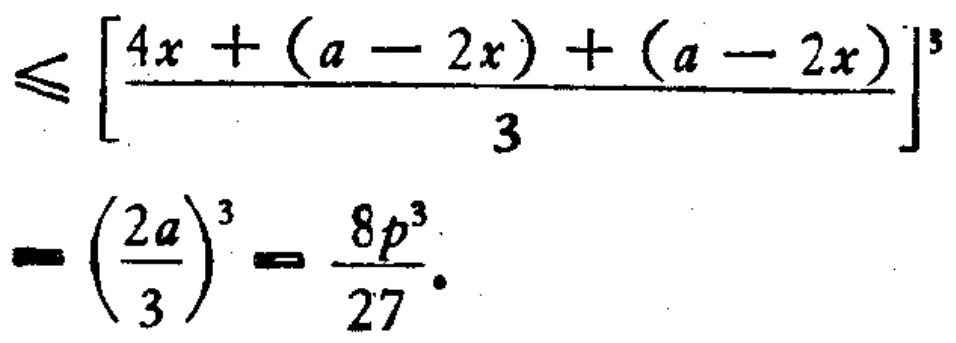
\leqslant \left[\frac{4x+(a - 2x)+(a - 2x)}{3}\right]^3=\left(\frac{2a}{3}\right)^3=\frac{8p^3}{27}